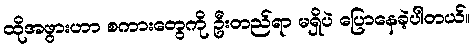
ထိုအဖွားဟာ စကားတွေကို ဦးတည်ရာ မရှိပဲ ပြောနေခဲ့ပါတယ်။